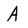
Character: A